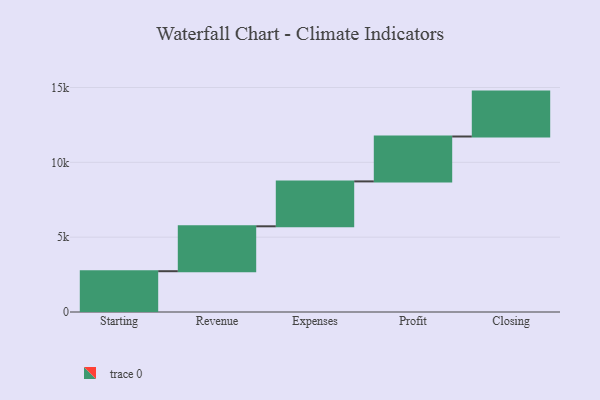
{"axis": {"x": "Step", "y": "Value"}, "legend": [""], "data": [{"x": "Starting", "y": 2726.0, "type": ""}, {"x": "Revenue", "y": 3000, "type": ""}, {"x": "Expenses", "y": 3000, "type": ""}, {"x": "Profit", "y": 3000, "type": ""}, {"x": "Closing", "y": 3000, "type": ""}]}